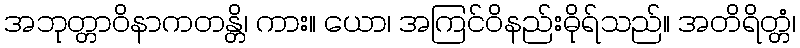
အဘုတ္တာဝိနာကတန္တိ၊ ကား။ ယော၊ အကြင်ဝိနည်းဓိုရ်သည်။ အတိရိတ္တံ၊